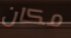
مكان